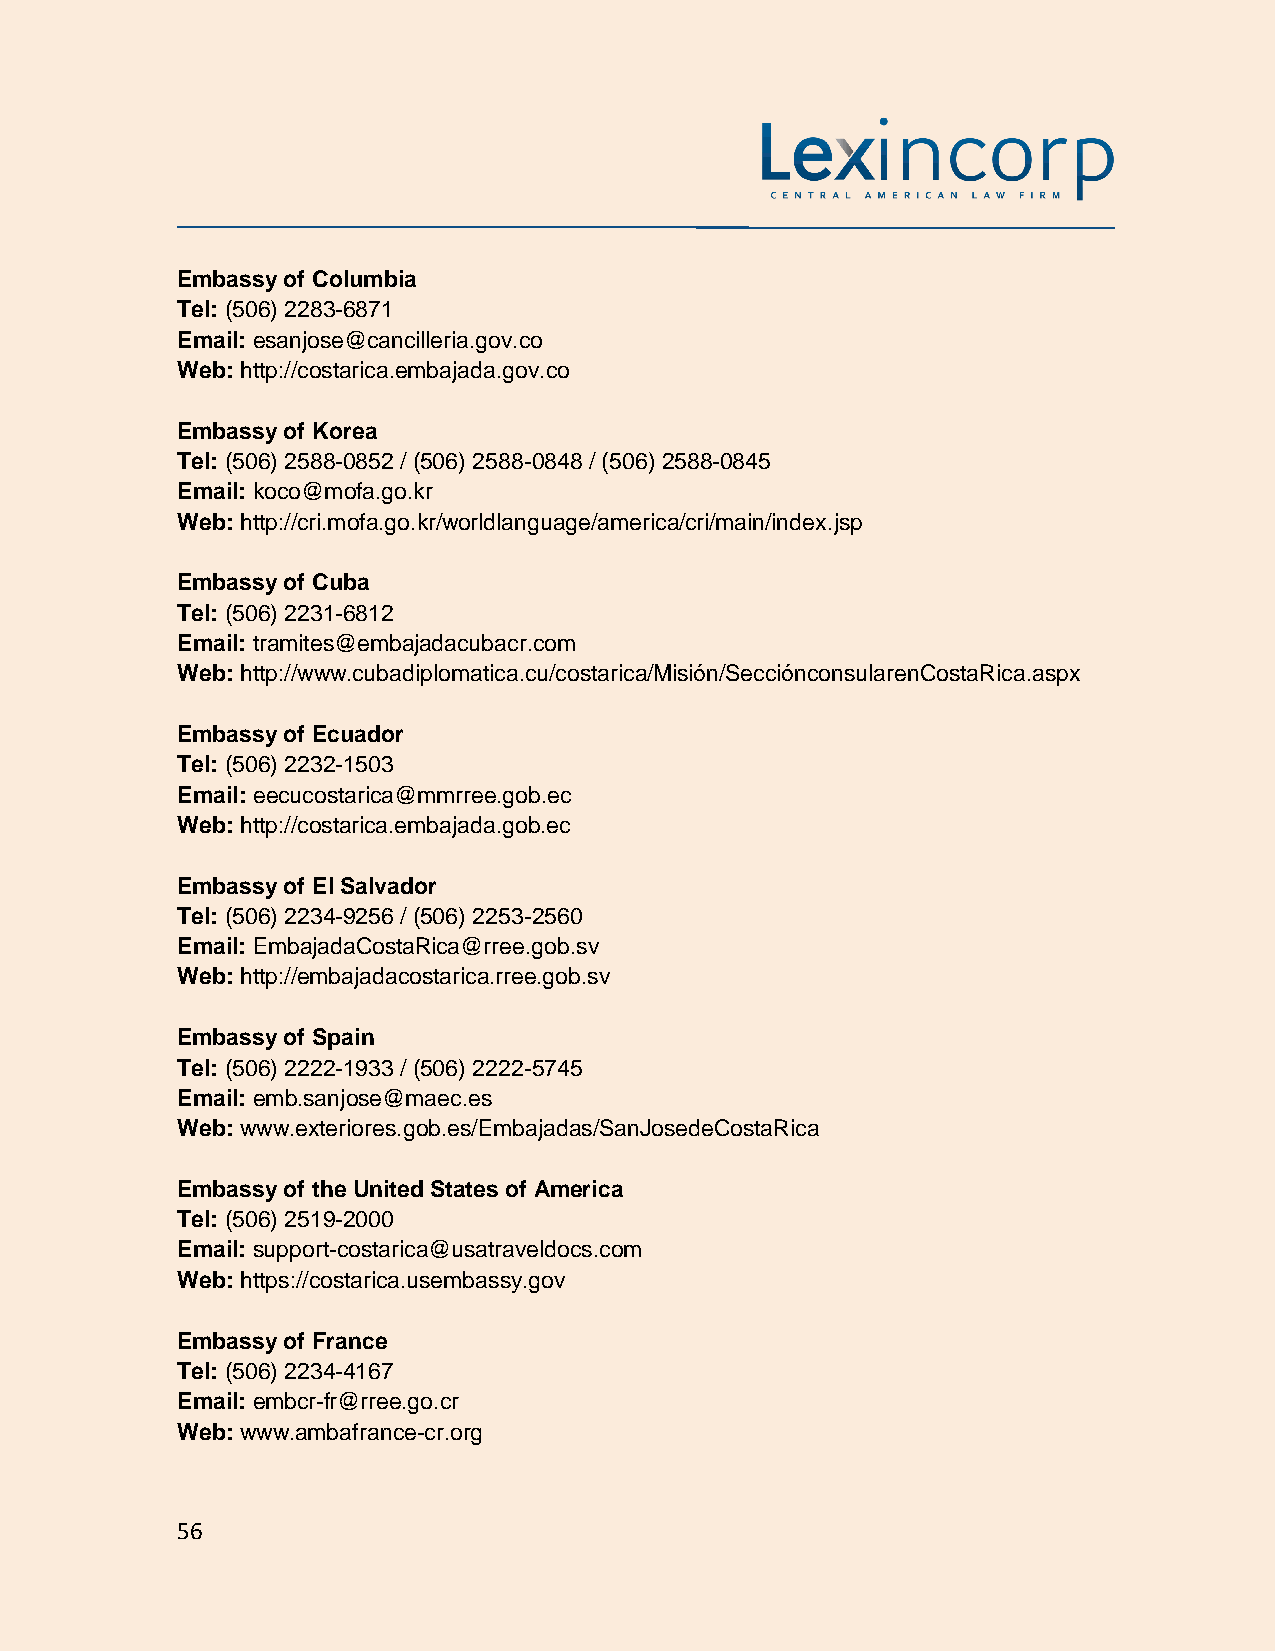
Embassy of Columbia
 Tel: (506) 2283-6871
 Email: esanjose@cancilleria.gov.co
 Web: http://costarica.embajada.gov.co
 Embassy of Korea
 Tel: (506) 2588-0852 / (506) 2588-0848 / (506) 2588-0845
 Email: koco@mofa.go.kr
 Web: http://cri.mofa.go.kr/worldlanguage/america/cri/main/index.jsp
 Embassy of Cuba
 Tel: (506) 2231-6812
 Email: tramites@embajadacubacr.com
 Web: http://www.cubadiplomatica.cu/costarica/Misión/SecciónconsularenCostaRica.aspx
 Embassy of Ecuador
 Tel: (506) 2232-1503
 Email: eecucostarica@mmrree.gob.ec
 Web: http://costarica.embajada.gob.ec
 Embassy of El Salvador
 Tel: (506) 2234-9256 / (506) 2253-2560
 Email: EmbajadaCostaRica@rree.gob.sv
 Web: http://embajadacostarica.rree.gob.sv
 Embassy of Spain
 Tel: (506) 2222-1933 / (506) 2222-5745
 Email: emb.sanjose@maec.es
 Web: www.exteriores.gob.es/Embajadas/SanJosedeCostaRica
 Embassy of the United States of America
 Tel: (506) 2519-2000
 Email: support-costarica@usatraveldocs.com
 Web: https://costarica.usembassy.gov
 Embassy of France
 Tel: (506) 2234-4167
 Email: embcr-fr@rree.go.cr
 Web: www.ambafrance-cr.org
 56